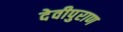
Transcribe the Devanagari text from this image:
देवीपुराण